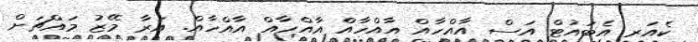
ކެއަރ އެބައުޓް އަސް އާއްހާއް އާއްހާއް އާއްހާއް އާއްހާއް. އަރާ މޭޒު މައްޗަށް